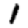
Digit: 1